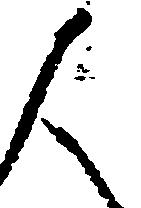
人